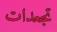
تجعدات